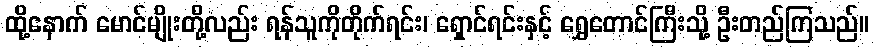
ထို့နောက် မောင်မျိုးတို့လည်း ရန်သူကိုတိုက်ရင်း၊ ရှောင်ရင်းနှင့် ရွှေတောင်ကြီးသို့ ဦးတည်ကြသည်။